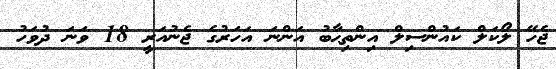
ޖެހޭ ލޯކަލް ކައުންސިލް އިންތިޙާބު އަންނަ އަހަރުގެ ޖެނުއަރީ 18 ވަނަ ދުވަހު